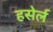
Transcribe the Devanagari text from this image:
हसेर्ल